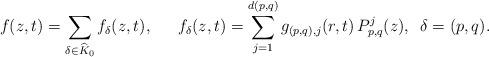
LaTeX: \begin{align*}f(z,t) = \sum_{\delta \in \widehat{K}_0} f_\delta(z,t),\,\,\,\, \,\, \,\,\, f_\delta(z,t) = \sum_{j=1}^{d(p,q)}g_{(p,q),j}(r,t)\, P_{p,q}^j(z), \,\,\, \delta = (p,q).\end{align*}